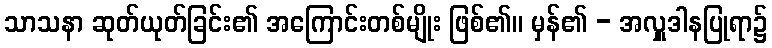
သာသနာ ဆုတ်ယုတ်ခြင်း၏ အကြောင်းတစ်မျိုး ဖြစ်၏။ မှန်၏ - အလှူဒါနပြုရာ၌